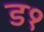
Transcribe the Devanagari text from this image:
ड१